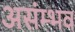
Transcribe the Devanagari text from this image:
असंम्भव